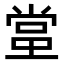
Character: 𬻬